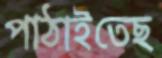
পাঠাইতেছ